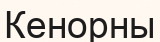
Кенорны